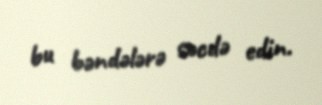
bu bəndələrə səcdə edin.